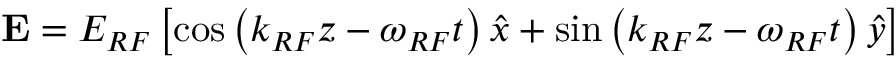
\mathbf { E } = E _ { R F } \left[ \cos \left( k _ { R F } z - \omega _ { R F } t \right) \hat { x } + \sin \left( k _ { R F } z - \omega _ { R F } t \right) \hat { y } \right]